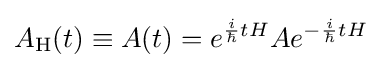
A_{\rm {H}}(t)\equiv A(t)=e^{{\frac {i}{\hbar }}tH}Ae^{-{\frac {i}{\hbar }}tH}